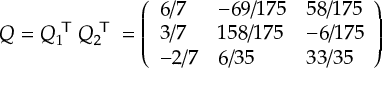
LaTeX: Q = Q _ { 1 } ^ { \textsf { T } } Q _ { 2 } ^ { \textsf { T } } = { \left( \begin{array} { l l l } { 6 / 7 } & { - 6 9 / 1 7 5 } & { 5 8 / 1 7 5 } \\ { 3 / 7 } & { 1 5 8 / 1 7 5 } & { - 6 / 1 7 5 } \\ { - 2 / 7 } & { 6 / 3 5 } & { 3 3 / 3 5 } \end{array} \right) }